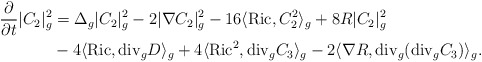
\begin{align*}\frac{\partial}{\partial t}|C_2|^2_g&=\Delta_g|C_2|^2_g-2|\nabla C_2|^2_g-16\langle\mathrm{Ric}, C^2_2\rangle_g+8R|C_2|_g^2\\&-4\langle\mathrm{Ric},\mathrm{div}_gD\rangle_g+4\langle\mathrm{Ric}^2,\mathrm{div}_gC_3\rangle_g-2\langle\nabla R,\mathrm{div}_g(\mathrm{div}_gC_3)\rangle_g.\end{align*}